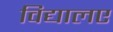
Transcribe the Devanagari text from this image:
विद्यालए